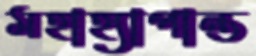
মহাহ্যাপান্ত